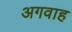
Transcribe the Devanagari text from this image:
अगवाह